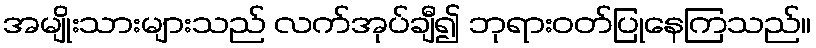
အမျိုးသားများသည် လက်အုပ်ချီ၍ ဘုရားဝတ်ပြုနေကြသည်။